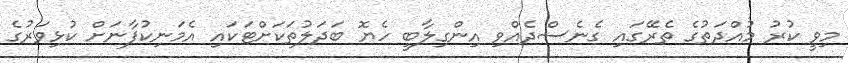
މިވީ ކުރު މުއްދަތުގެ ތެރޭގައި ގެނެސްދެއްވި އިންގިލާބީ ހެޔޮ ބަދަލުތަކަށްޓަކައި އެމަނިކުފާނަށް ކުޅިވަރުގެ